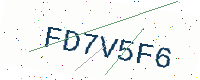
Text: FD7V5F6